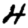
Digit: 4